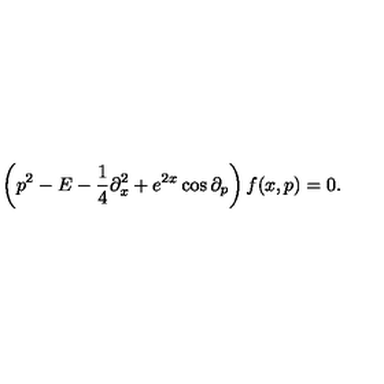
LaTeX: \left( p ^ { 2 } - E - { \frac { 1 } { 4 } } \partial _ { x } ^ { 2 } + e ^ { 2 x } \cos \partial _ { p } \right) f ( x , p ) = 0 .